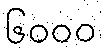
၆၀၀၀